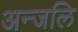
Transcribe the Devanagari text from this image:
अन्जलि